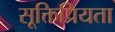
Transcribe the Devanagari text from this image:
सूक्तिप्रियता